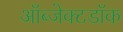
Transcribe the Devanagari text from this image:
ऑब्जेक्टडॉक